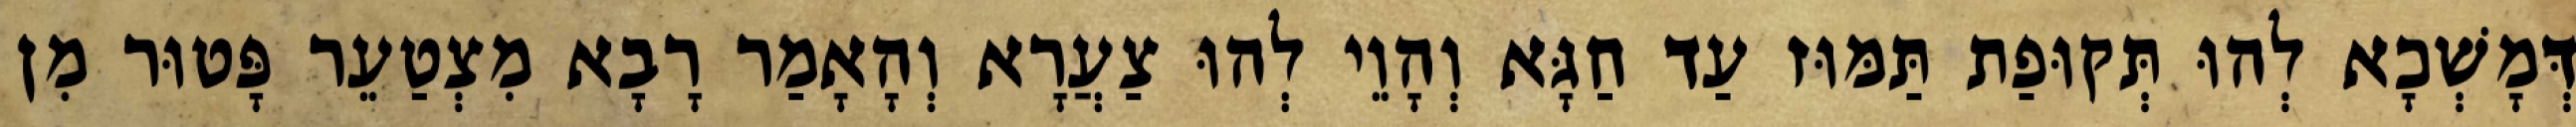
דְּמָשְׁכָא לְהוּ תְּקוּפַת תַּמּוּז עַד חַגָּא וְהָוֵי לְהוּ צַעֲרָא וְהָאָמַר רָבָא מִצְטַעֵר פָּטוּר מִן